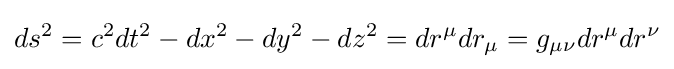
ds^{2}=c^{2}dt^{2}-dx^{2}-dy^{2}-dz^{2}=dr^{\mu }dr_{\mu }=g_{\mu \nu }dr^{\mu }dr^{\nu }